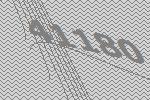
41180